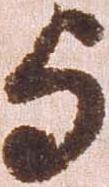
与